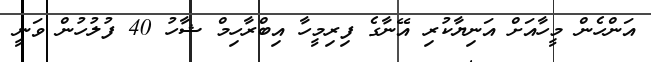
އަންހެން މީހާއަށް އަނިޔާކުރި އޭނާގެ ފިރިމީހާ އިބްރާހިމް ޝާހު 40 ފުލުހުން ވަނީ